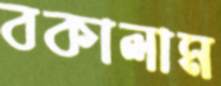
বকালাম